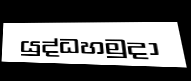
යුද්ධහමුදා